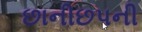
છાનીછપની